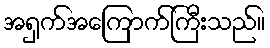
အရှက်အကြောက်ကြီးသည်။